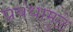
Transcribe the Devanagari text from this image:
प्रबंधामुळे